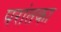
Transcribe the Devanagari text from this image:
परांतका